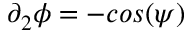
\partial _ { 2 } \phi = - c o s ( \psi )